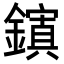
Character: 𮣉